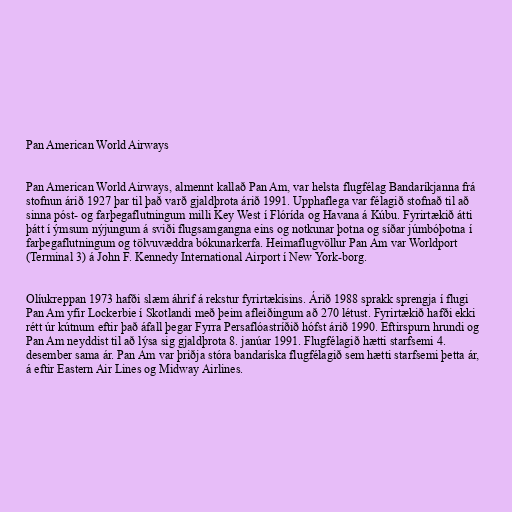
Pan American World Airways

Pan American World Airways, almennt kallað Pan Am, var helsta flugfélag Bandaríkjanna frá
stofnun árið 1927 þar til það varð gjaldþrota árið 1991. Upphaflega var félagið stofnað til að
sinna póst- og farþegaflutningum milli Key West í Flórída og Havana á Kúbu. Fyrirtækið átti
þátt í ýmsum nýjungum á sviði flugsamgangna eins og notkunar þotna og síðar júmbóþotna í
farþegaflutningum og tölvuvæddra bókunarkerfa. Heimaflugvöllur Pan Am var Worldport
(Terminal 3) á John F. Kennedy International Airport í New York-borg.

Olíukreppan 1973 hafði slæm áhrif á rekstur fyrirtækisins. Árið 1988 sprakk sprengja í flugi
Pan Am yfir Lockerbie í Skotlandi með þeim afleiðingum að 270 létust. Fyrirtækið hafði ekki
rétt úr kútnum eftir það áfall þegar Fyrra Persaflóastríðið hófst árið 1990. Eftirspurn hrundi og
Pan Am neyddist til að lýsa sig gjaldþrota 8. janúar 1991. Flugfélagið hætti starfsemi 4.
desember sama ár. Pan Am var þriðja stóra bandaríska flugfélagið sem hætti starfsemi þetta ár,
á eftir Eastern Air Lines og Midway Airlines.